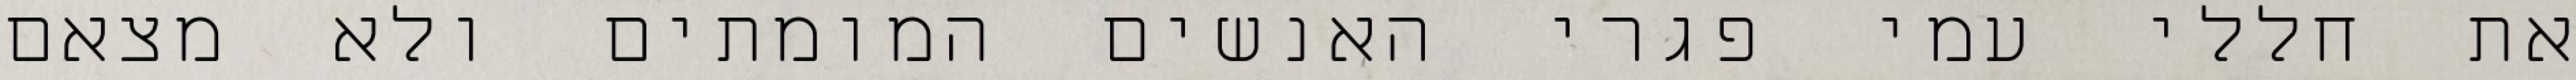
את חללי עמי פגרי האנשים המומתים ולא מצאם